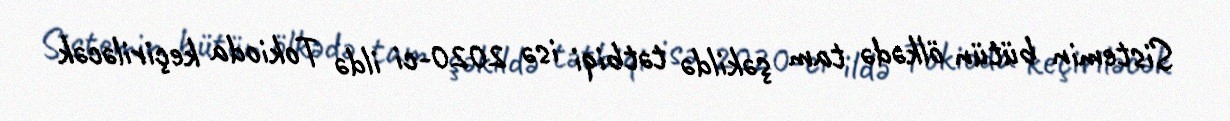
Sistemin bütün ölkədə tam şəkildə tətbiqi isə 2020-ci ildə Tokioda keçiriləcək